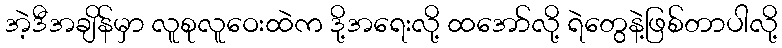
အဲ့ဒီအချိန်မှာ လူစုလူဝေးထဲက ဒို့အရေးလို့ ထအော်လို့ ရဲတွေနဲ့ဖြစ်တာပါလို့